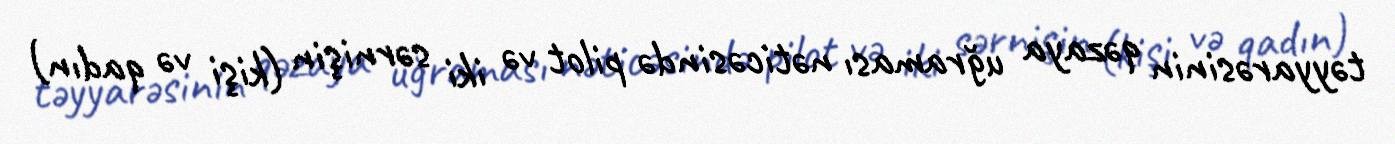
təyyarəsinin qəzaya uğraması nəticəsində pilot və iki sərnişin (kişi və qadın)